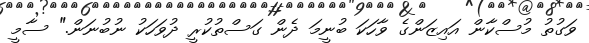
ވަގުތު މުސްކާން އައިޒަންގެ ވާހަކަ ބުނީމަ ދެން ގަސްތުކުރީ ދުވަހަކު ނުބުނަން." ސާމީ